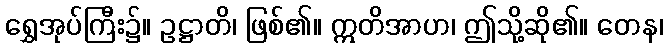
ရွှေအုပ်ကြီး၌။ ဥဋ္ဌာတိ၊ ဖြစ်၏။ ဣတိအာဟ၊ ဤသို့ဆို၏။ တေန၊